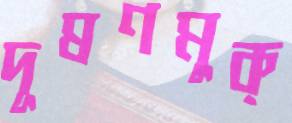
দূষণমুক্